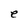
Character: e